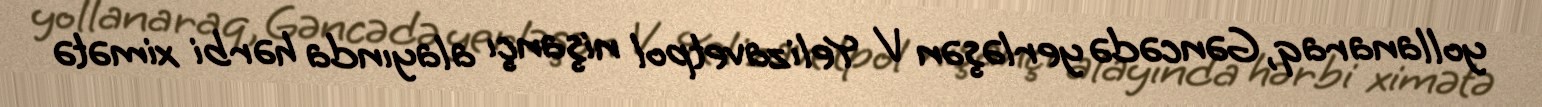
yollanaraq, Gəncədə yerləşən V Yelizavetpol nişançı alayında hərbi ximətə